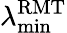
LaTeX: \lambda_{\operatorname*{min}}^{\mathrm{RMT}}